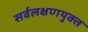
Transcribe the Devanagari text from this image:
सर्वलक्षणयुक्त